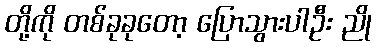
တို့ကို တစ်ခုခုတော့ ပြောသွားပါဦး ညို